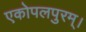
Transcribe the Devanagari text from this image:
एकोपलपुरम्।